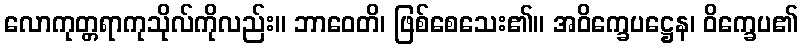
လောကုတ္တရာကုသိုလ်ကိုလည်း။ ဘာဝေတိ၊ ဖြစ်စေသေး၏။ အဝိက္ခေပဋ္ဌေန၊ ဝိက္ခေပ၏